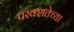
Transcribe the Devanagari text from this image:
परवशतेच्या